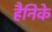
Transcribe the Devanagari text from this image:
हैनिके